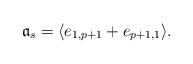
LaTeX: \begin{align*} {\mathfrak a}_s = \langle e_{1,p+1} + e_{p+1,1} \rangle.\end{align*}